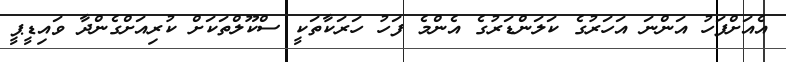
އެއަށްފަހު އަންނަ އަހަރުގެ ކަލަންޑަރުގެ އެންމެ ފަހު ހަރަކާތަކީ ސްކޫލްތަކަށް ކުރިއަށްގެންދާ ވައިޑީޕީ